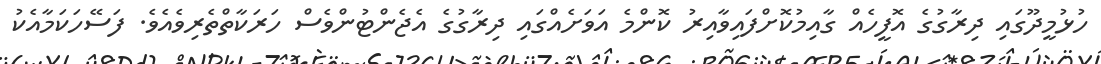
ހުޅުމީދޫގައި ދިރާގުގެ އޮފީހެއް ގާއިމުކޮށްފައިވާއިރު ކޮންމެ އަވަށެއްގައި ދިރާގުގެ އެޖެންޓުންވެސް ހަރަކާތްތެރިވެއެވެ. ފަސޭހަކަމާއެކު